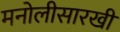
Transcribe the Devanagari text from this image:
मनोलीसारखी